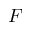
F